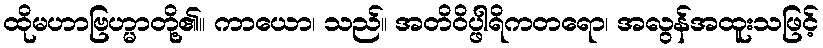
ထိုမဟာဗြဟ္မာတို့၏။ ကာယော၊ သည်။ အတိဝိပ္ဖါရိကတရော၊ အလွန်အထူးသဖြင့်